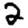
Digit: 2